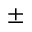
\pm